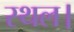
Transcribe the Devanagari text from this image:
स्‍थल।